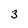
Character: 3